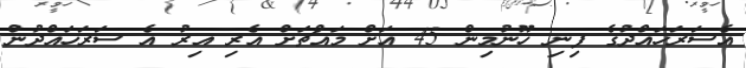
އެސަރަހައްދުގެ ފިނި ހޫނުމިން 45 އަށް މައްޗަށް އެރި އިރު އެ ސަރަހައްދުން